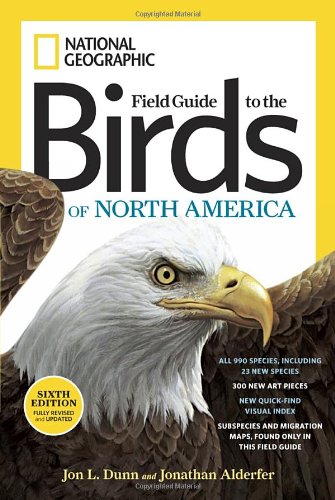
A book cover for National Geographic Field Guide to the Birds of North America, Sixth Edition; Jon L. Dunn; Science & Math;